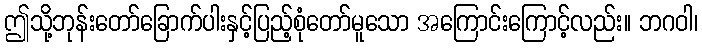
ဤသို့ဘုန်းတော်ခြောက်ပါးနှင့်ပြည့်စုံတော်မူသော အကြောင်းကြောင့်လည်း။ ဘဂဝါ၊